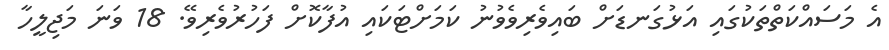
އެ މަސައްކަތްތަކުގައި އަޅުގަނޑަށް ބައިވެރިވެވުނު ކަމަށްޓަކައި އުފާކޮށް ފަހުރުވެރިވޭ. 18 ވަނަ މަޖިލީހާ